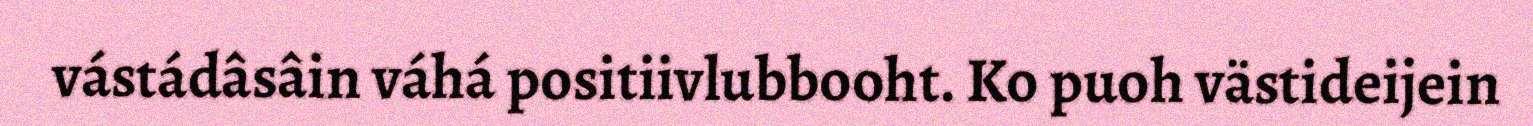
vástádâsâin váhá positiivlubbooht. Ko puoh västideijein